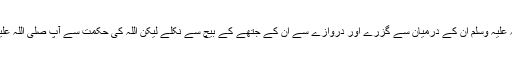
اللہ کے سجھاؤ کے بہ موجب سرکار صلی اللہ علیہ وسلم ان کے درمیان سے گزرے اور دروازے سے ان کے جتھے کے بیچ سے نکلے لیکن اللہ کی حکمت سے آپ صلی اللہ علیہ وسلم کے نکلنے کی اُنھیں خبر تک نہ ہوئی۔